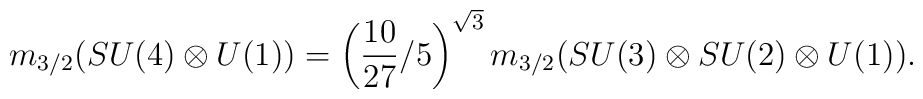
m_{3/2}(SU(4)\otimes U(1))= \left(\frac{10}{27} /5\right)^{\sqrt 3} m_{3/2}(SU(3)\otimes SU(2)\otimes U(1)).